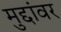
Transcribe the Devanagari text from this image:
मुद्दांवर